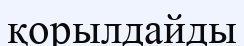
қорылдайды